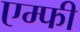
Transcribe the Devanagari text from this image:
एम्फी